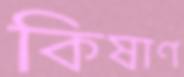
কিষাণ